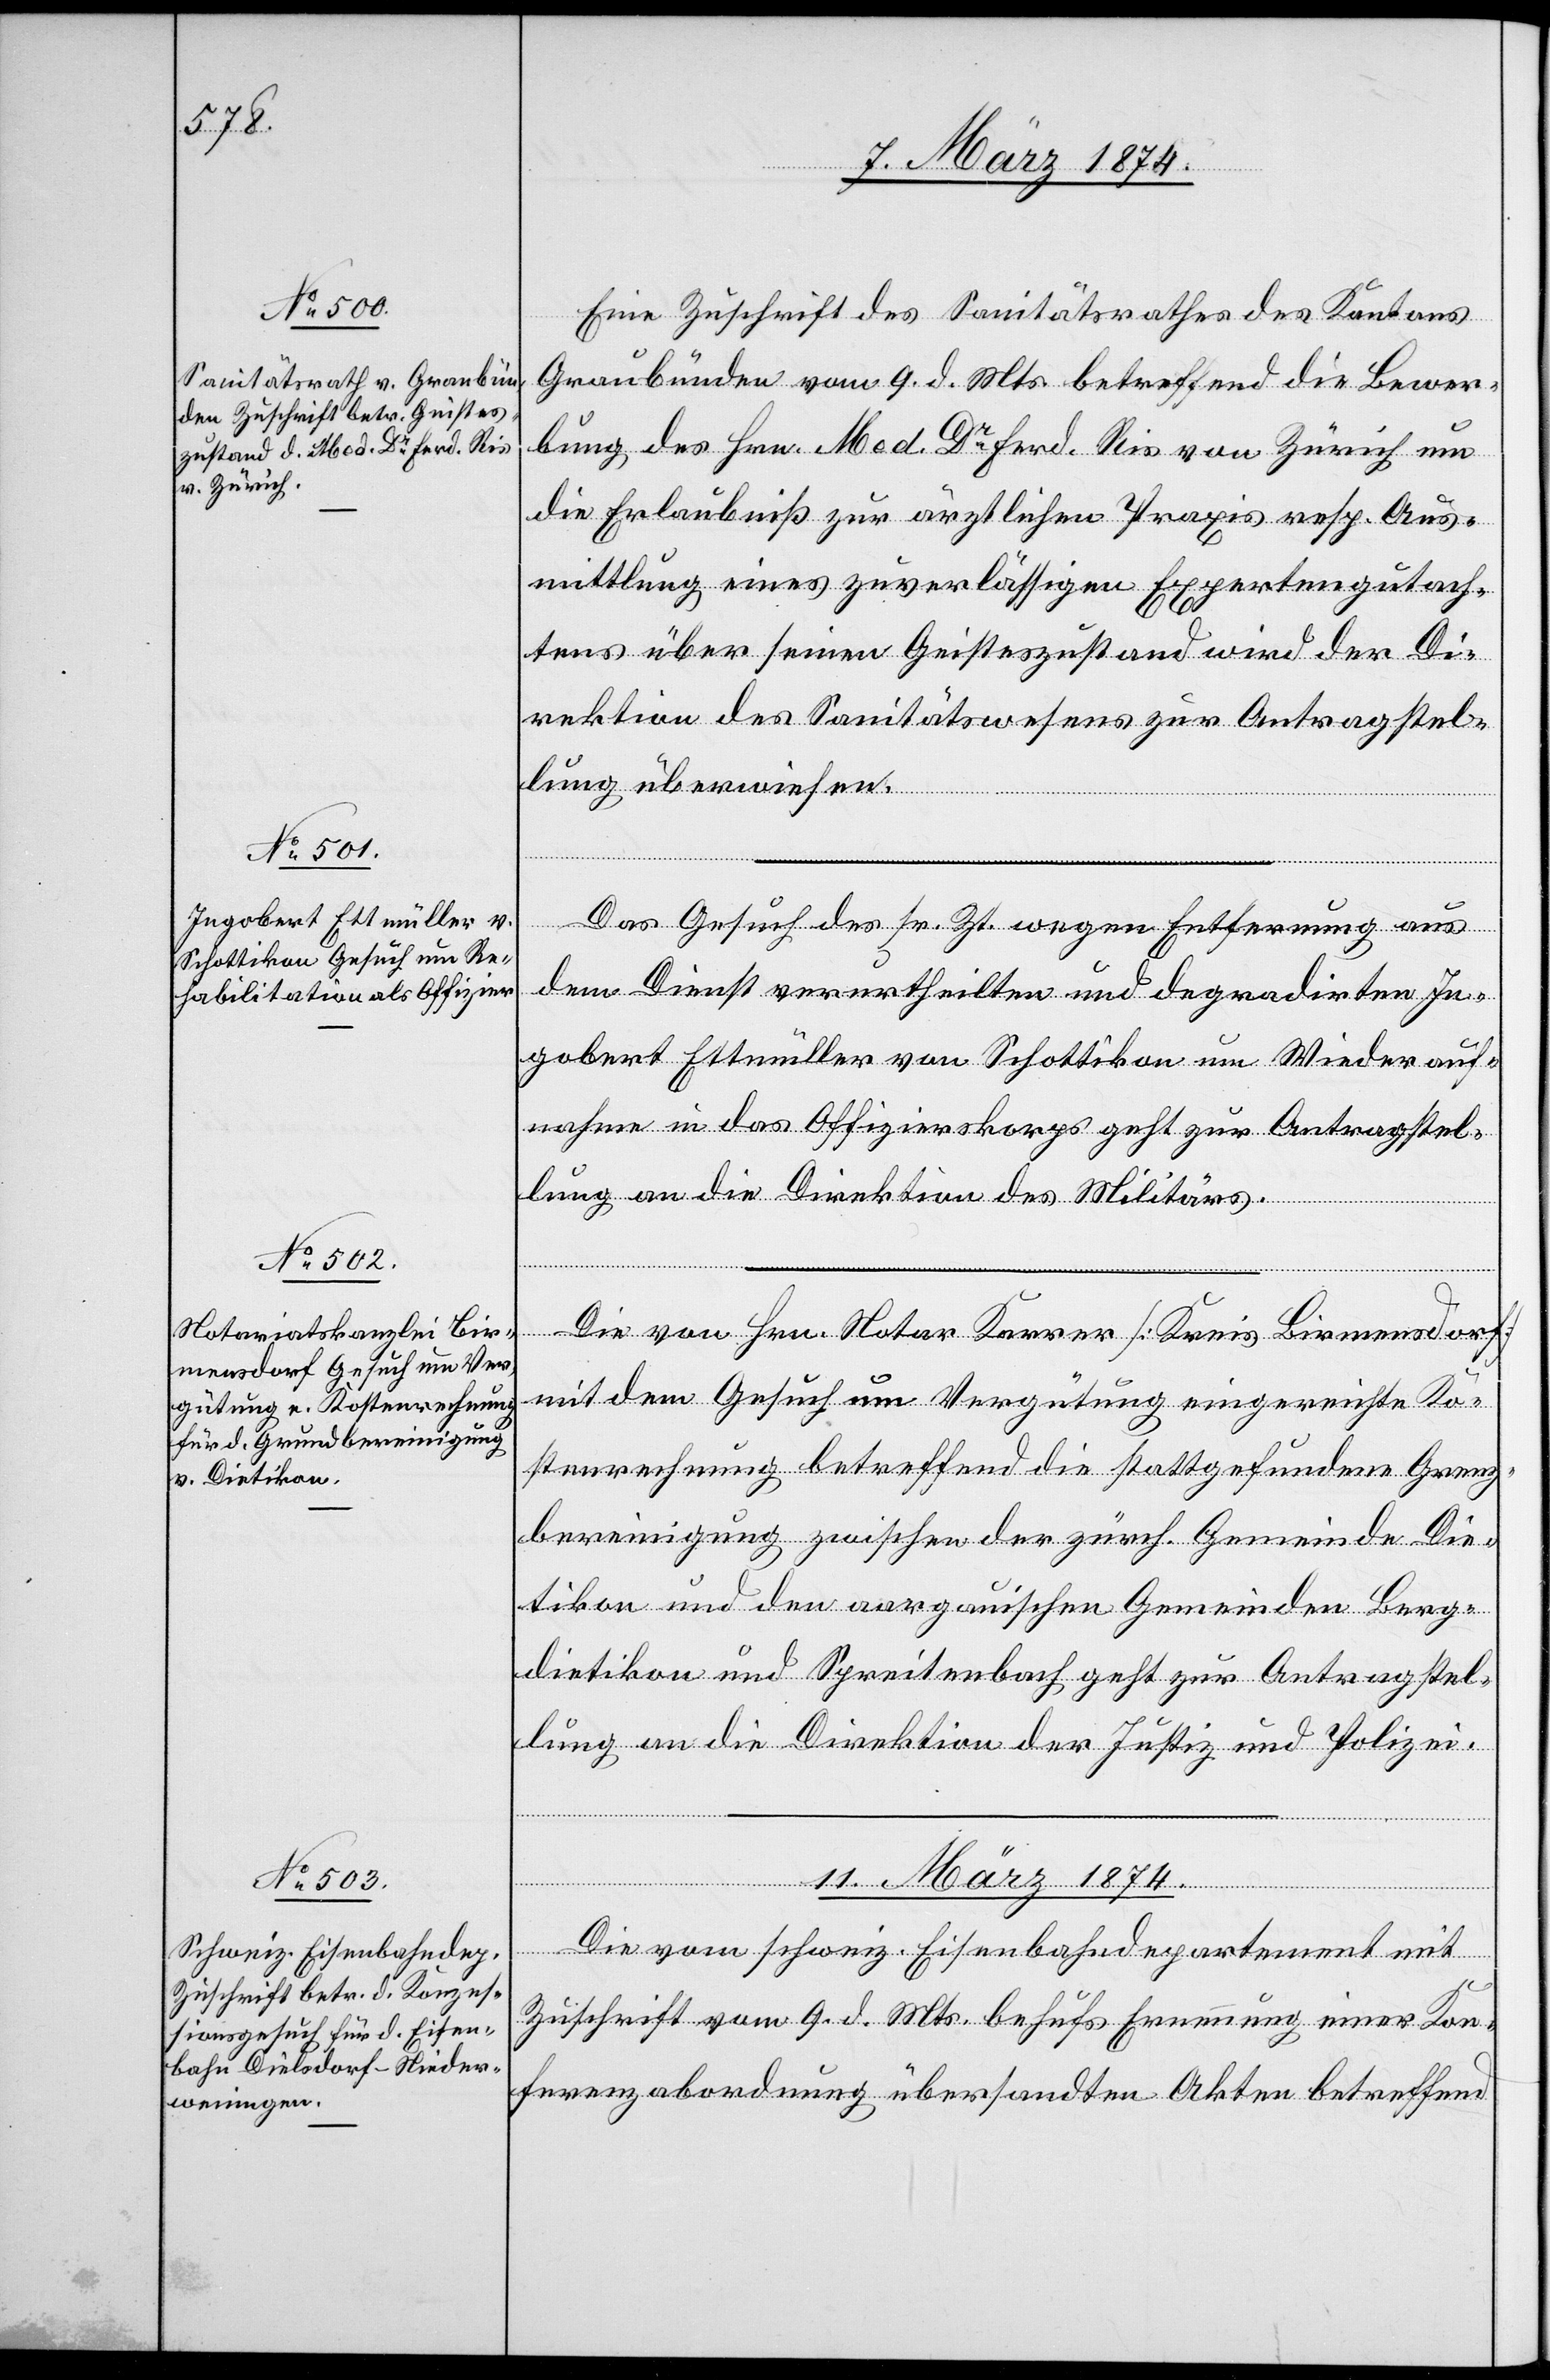
Eine Zuschrift des Sanitätsrathes des Kantons
Graubünden vom 9. d. Mts. betreffend die Bewer¬
bung des Hrn. Med. Dr Frdr. Ris von Zürich um
die Erlaubniß zur ärztlichen Praxis resp. Aus¬
mittlung eines zuverlässigen Expertengutach¬
tens über seinen Geisteszustand wird der Di¬
rektion des Sanitätswesens zur Antragstel¬
lung überwiesen.
Das Gesuch des sr. Zt. wegen Entfernung aus
dem Dienst verurtheilten und degradirten In¬
gobert Ettemüller von Schottikon um Wiederauf¬
nahme in das Offizierskorps geht zur Antragstel¬
lung an die Direktion des Militärs.
Die von Hrn. Notar Kerner [Kreis Birmensdorf]
mit dem Gesuch um Vergütung eingereichte Ko¬
stenrechnung betreffend die stattgefundene Grenz¬
bereinigung zwischen der zürch. Gemeinde Die¬
tikon und den aargauischen Gemeinden Berg¬
dietikon und Spreitenbach geht zur Antragstel¬
lung an die Direktion der Justiz und Polizei.
11. März 1874.
Die vom schweiz. Eisenbahndepartement mit
Zuschrift vom 9. d. Mts. behufs Ernennung einer Kon¬
ferenzabordnung übersandten Akten betreffend